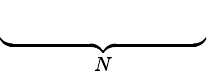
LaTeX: \underbrace{\phantom{\left(i\alpha\mathcal{U}-Re^{-1}D^{2}\right)}}_{N}